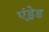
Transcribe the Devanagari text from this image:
एंड्रेड